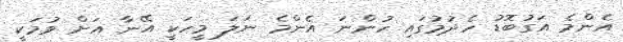
އެންމެ އަގުބޮޑު ހެދުމުގައި ހުންނަ އެންމެ ނަލަ މީހަކީ އޭނާ އަށް ވުމަކީ